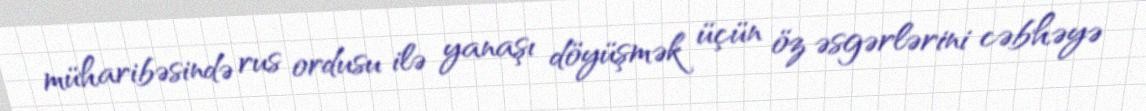
müharibəsində rus ordusu ilə yanaşı döyüşmək üçün öz əsgərlərini cəbhəyə